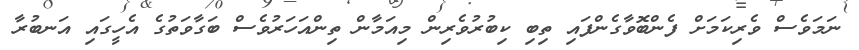
ނަމަވެސް ވެރިކަމަށް ފެންބޮވާގެންފައި ތިބި ކިބުރުވެރިން މިއަމާން ތިންއަހަރުވެސް ބަގާވަތުގެ އެހީގައި އަނބުރާ